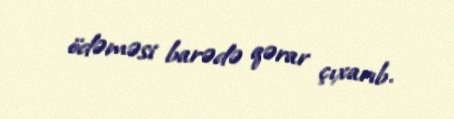
ödəməsi barədə qərar çıxarıb.